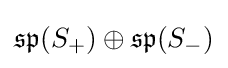
{\mathfrak {sp}}(S_{+})\oplus {\mathfrak {sp}}(S_{-})